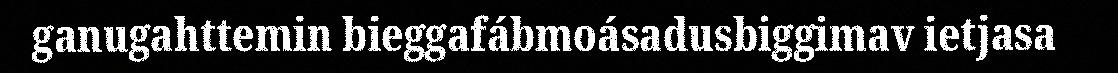
ganugahttemin bieggafábmoásadusbiggimav ietjasa